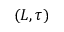
( L , \tau )